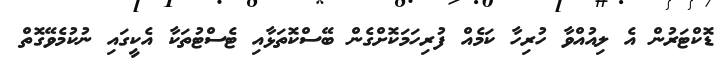
ޑޮކްޓަރުން އެ ލިއުއްވާ ހުރިހާ ކަމެއް ފުރިހަމަކޮށްގެން ބޭސްކޮތަޅާއި ޓެސްޓުތަކާ އެކީގައި ނުކުމެވޭގޮތް